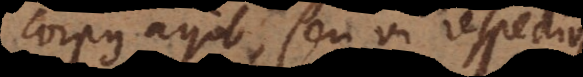
corpus agit, seu vi respectiva